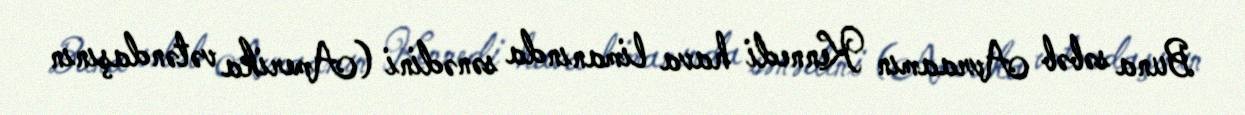
Buna səbəb Avraamın Kennedi hava limanında sənədini (Amerika vətəndaşının